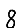
Digit: 8